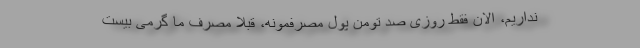
نداریم، الان فقط روزی صد تومن پول مصرفمونه، قبلا مصرف ما گرمی بیست